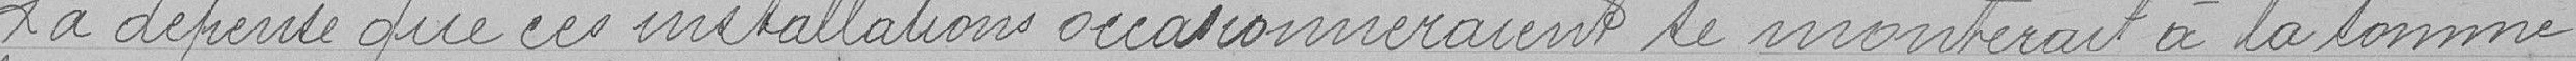
La dépense que ces installations occasionneraient se monterait à la somme de